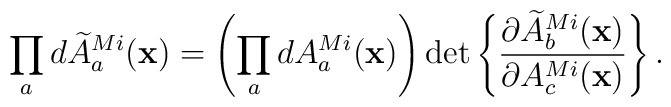
\prod_a d\widetilde{A}_a^{Mi}({\bf x})=\left(\prod_a dA_a^{Mi}({\bf x})\right)\det\left\{{\partial\widetilde{A}_b^{Mi}({\bf x})\over\partial A_c^{Mi}({\bf x})}\right\}.